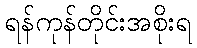
ရန်ကုန်တိုင်းအစိုးရ